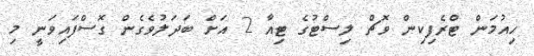
ހިއުމަން ޓްރެފިކިން ވޮޗް ލިސްޓުގެ ޓިއާ 2 އަށް ބަދަލުވެގެން ގޮސްފައިވަނީ މި